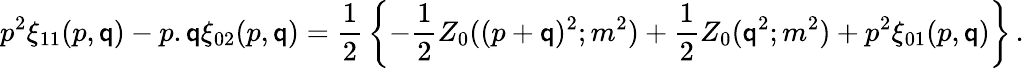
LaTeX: p^{2}\xi_{11}(p,\mathsf{q})-p.\mathsf{q}\xi_{02}(p,\mathsf{q})={\frac{{1}}{{2}}}\left\{ -{\frac{{1}}{{2}}}Z_{0}((p+\mathsf{q})^{2};m^{2})+{\frac{{1}}{{2}}}Z_{0}(\mathsf{q}^{2};m^{2})+p^{2}\xi_{01}(p,\mathsf{q})\right\} \, .